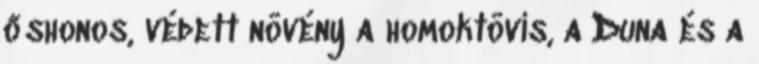
őshonos, védett növény a homoktövis, a Duna és a